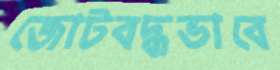
জোটবদ্ধভাবে